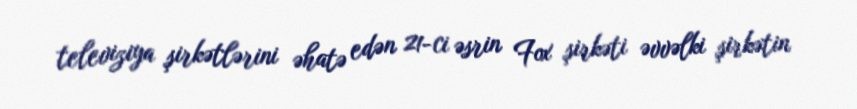
televiziya şirkətlərini əhatə edən 21-ci əsrin Fox şirkəti əvvəlki şirkətin